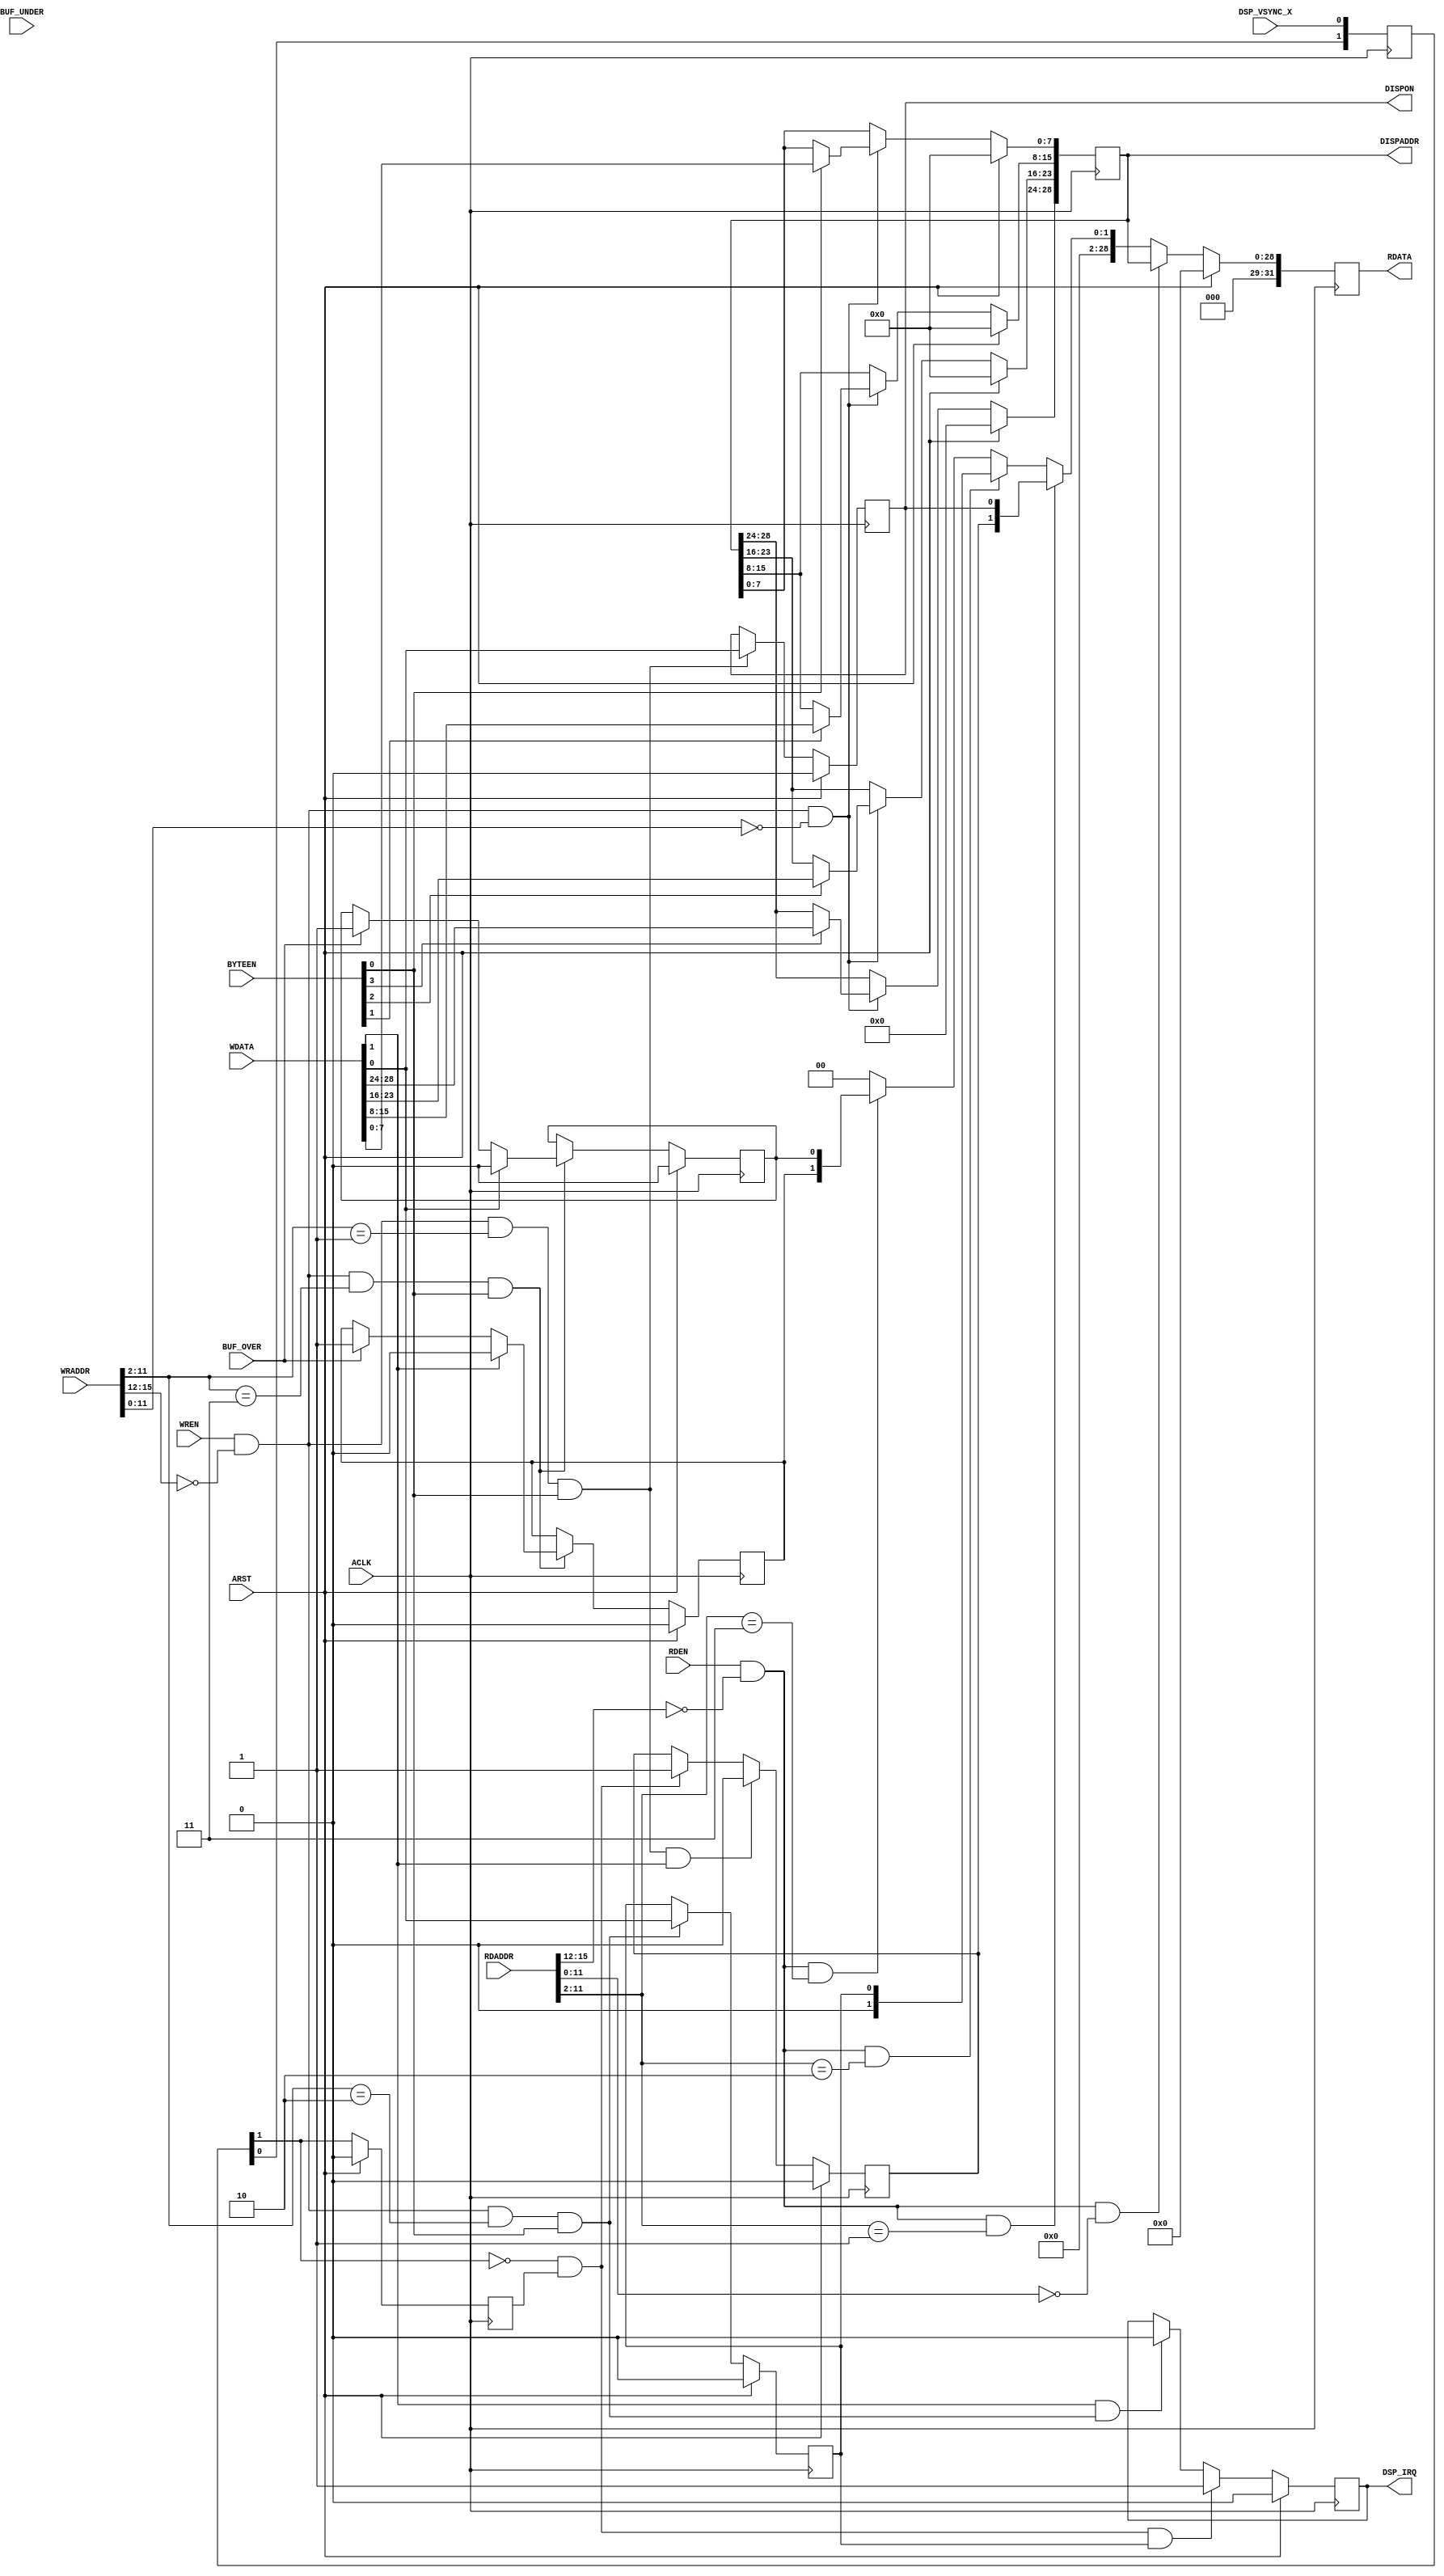
//-----------------------------------------------------------------------------
// Title       : WX^iuvj
// Project     : display
//-----------------------------------------------------------------------------
// Description :
// 
//-----------------------------------------------------------------------------
// Revisions   :
// Date        Version  Author        Description
// 201?/??/??  1.00     ???????????   Created
//-----------------------------------------------------------------------------

module disp_regctrl
  (
    // System Signals
    input               ACLK,
    input               ARST,

    /* VSYNC */
    input               DSP_VSYNC_X, //syncgenVSync

    /* WX^oX */
    input       [15:0]  WRADDR, //4bitubNfA12bitWX^I
    input       [3:0]   BYTEEN, //oCgPCl[u
    input               WREN,   //Cl[u
    input       [31:0]  WDATA,  //f[^
    input       [15:0]  RDADDR, //4bitubNofA12bitWX^I
    input               RDEN,   //oCl[u
    output  reg [31:0]  RDATA,  //of[^

    /* WX^o */
    output  reg         DISPON,     //disp_vramctrl, disp_bufferAdisplayON
    output  reg [28:0]  DISPADDR,   //disp_vramctrlA\JnAhX29bit

    /* AFIFOtO */
    output   reg        DSP_IRQ,    //VBLANKM
    input               BUF_UNDER,
    input               BUF_OVER
    ); 

/* Lq */

// oM

//WX^l
reg INTENBL;
reg INTCLR;
reg VBLANK;
reg FIFOOVER;
reg FIFOUNDER;

//VBLANKp
reg preVSYNC;

//ARSTVSYNC
reg [1:0] arst_vsync;
always @(posedge ACLK) begin
    arst_vsync <= {arst_vsync[0], DSP_VSYNC_X};
end

wire VSYNC = arst_vsync[1];

//Lq
//\H0WRADDR4bit01o
wire    write_reg  = WREN && WRADDR[15:12]==4'h0;

//DISPADDRWX^
//DISPADDR
//assign DISPADDR = (write_reg&WRADDR[11:0]==12'h000)? WDATA[27:0]:0;

always @(posedge ACLK) begin
    if(ARST) begin
        DISPADDR <= 0;
    end
    else if(write_reg&WRADDR[11:0]==12'h000) begin
        if(BYTEEN[0]) begin
            DISPADDR[7:0] <= WDATA[7:0];
        end
        if(BYTEEN[1]) begin
            DISPADDR[15:8] <= WDATA[15:8];
        end
        if(BYTEEN[2]) begin
            DISPADDR[23:16] <= WDATA[23:16];
        end
        if(BYTEEN[3]) begin
            DISPADDR[28:24] <= WDATA[28:24];
        end
    end
end

//ctrl_wr
//write_regWRADDR[11:2]1BYTEEN4bitrbg1control_regw
wire    ctrlreg_wr = write_reg && WRADDR[11:2]==10'h001 && BYTEEN[0];
// Rg[WX^iDISPCTRLjEEDISPON
always @( posedge ACLK ) begin
    if ( ARST ) begin
        DISPON <= 1'b0;
    end
    else if ( ctrlreg_wr ) begin
        DISPON <= WDATA[0];
    end
end

// Rg[WX^iDISPCTRLjEEVBLANK
//NbNVSYNCposedge
always @(posedge ACLK) begin
    if(ARST) begin
        preVSYNC <= 0;
    end
    else begin
        preVSYNC <= VSYNC;
    end
end
always @(posedge ACLK) begin
    if(ARST) begin
        VBLANK <= 0;
    end
    else if(ctrlreg_wr&WDATA[1]) begin
        VBLANK <= 0;
    end
    else if(!VSYNC&preVSYNC) begin
        VBLANK <= 1;
    end
end//VBLANK

//int_wr
wire    int_wr = write_reg && WRADDR[11:2]==12'h002 && BYTEEN[0];

//INTCLR
always @(posedge ACLK) begin
    if(ARST) begin
        INTCLR <= 0;
    end
    else if(int_wr) begin
        INTCLR <= WDATA[1];
    end
    else begin
        INTCLR <= 0;
    end
end
//INTENBL
always @(posedge ACLK) begin
    if(ARST) begin
        INTENBL <= 0;
    end
    else if(int_wr) begin
        INTENBL <= WDATA[0];
    end
end //INTENBL

//DSP_IRQ
always @(posedge ACLK) begin
    if(ARST) begin
        DSP_IRQ <= 0;
    end
    else if(!VSYNC&preVSYNC&INTENBL) begin
        DSP_IRQ <= 1;
    end
    else if(WDATA[1]&int_wr) begin
        DSP_IRQ <= 0;
    end
end

//fifo_wr
wire    fifo_wr = write_reg && WRADDR[11:2]==12'h003 && BYTEEN[0];

//FIFOOVER
always @(posedge ACLK) begin
    if(ARST) begin
        FIFOOVER <= 0;
    end
    else if(fifo_wr) begin
        if(WDATA[1]) begin
            FIFOOVER <= 0;  //1[NA
        end
        else if(BUF_OVER) begin
            FIFOOVER <= 1;
        end
    end
end //FIFOOVER

//FIFOUNDER
always @(posedge ACLK) begin
    if(ARST) begin
        FIFOUNDER <= 0;
    end
    else if(fifo_wr) begin
        if(WDATA[0]) begin
            FIFOUNDER <= 0;  //1[NA
        end
        else if(BUF_OVER) begin
            FIFOUNDER <= 1;
        end
    end
end


//oLq
wire    read_reg  = RDEN && RDADDR[15:12]==4'h0;

//RDATA
always @(posedge ACLK) begin
    if(ARST) begin
        RDATA <= 0;
    end
    else if(read_reg&RDADDR[11:0]==12'h000) begin
        RDATA <= {3'h0, DISPADDR};
    end
    else if(read_reg&RDADDR[11:2]==10'h001) begin
        RDATA <= {30'h000, VBLANK, DISPON};
    end
    else if(read_reg&RDADDR[11:2]==10'h002) begin
        RDATA <= {31'h000, INTENBL};
    end
    else if(read_reg&RDADDR[11:2]==10'h003) begin
        RDATA <= {30'h000, FIFOOVER, FIFOUNDER};
    end
    else begin
        RDATA <=0;
    end
end

endmodule